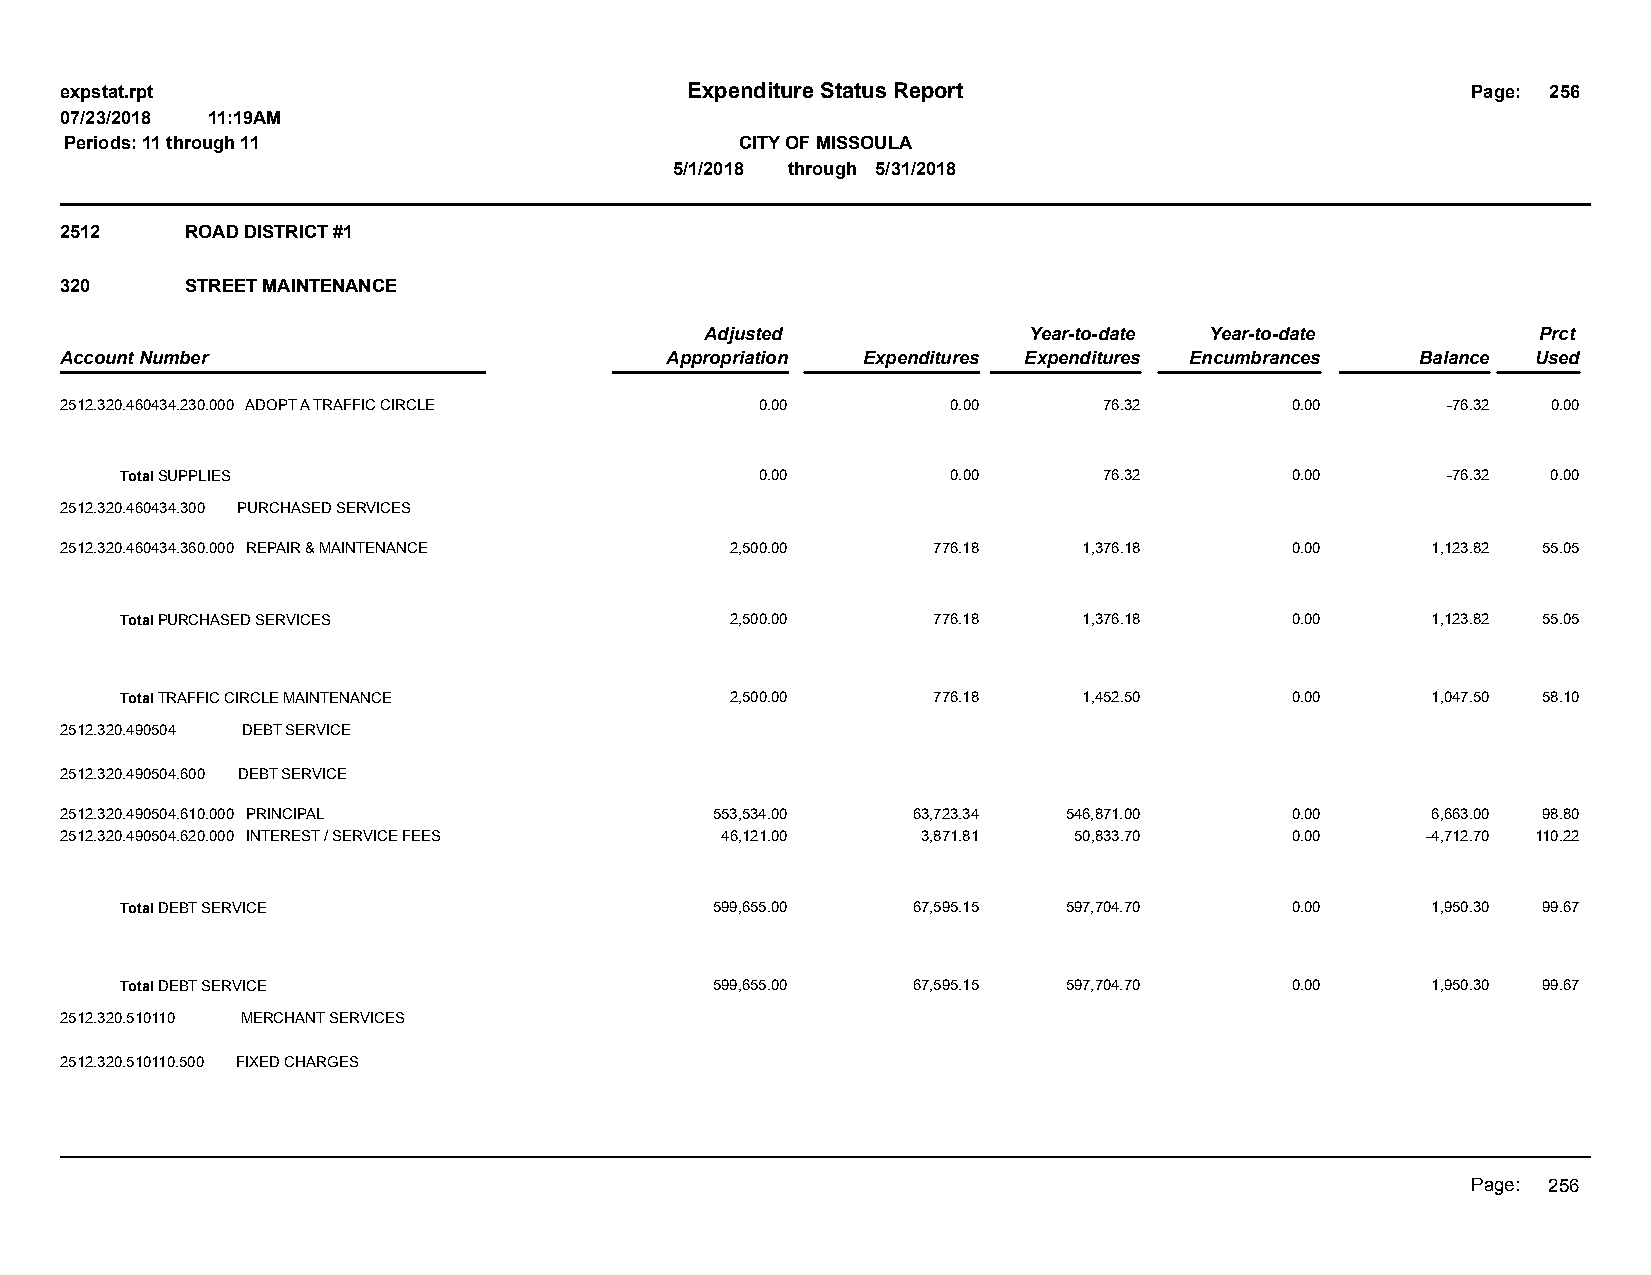
expstat.rpt                              Expenditure Status Report                           Page: 256
 07/23/2018 11:19AM
 Periods: 11 through 11                       CITY OF MISSOULA
 5/1/2018 through 5/31/2018
 2512    ROAD DISTRICT #1
 320     STREET MAINTENANCE
 Adjusted             Year-to-date Year-to-date         Prct
 Account Number                          Appropriation Expenditures Expenditures Encumbrances Balance Used
 2512.320.460434.230.000 ADOPT A TRAFFIC CIRCLE 0.00        0.00      76.32       0.00       -76.32 0.00
 Total SUPPLIES                            0.00         0.00      76.32       0.00       -76.32 0.00
 2512.320.460434.300 PURCHASED SERVICES
 2512.320.460434.360.000 REPAIR & MAINTENANCE 2,500.00     776.18    1,376.18     0.00      1,123.82 55.05
 Total PURCHASED SERVICES                2,500.00      776.18    1,376.18     0.00      1,123.82 55.05
 Total TRAFFIC CIRCLE MAINTENANCE        2,500.00      776.18    1,452.50     0.00      1,047.50 58.10
 2512.320.490504 DEBT SERVICE
 2512.320.490504.600 DEBT SERVICE
 2512.320.490504.610.000 PRINCIPAL          553,534.00   63,723.34  546,871.00    0.00      6,663.00 98.80
 2512.320.490504.620.000 INTEREST / SERVICE FEES 46,121.00 3,871.81 50,833.70     0.00     -4,712.70 110.22
 Total DEBT SERVICE                     599,655.00   67,595.15  597,704.70    0.00      1,950.30 99.67
 Total DEBT SERVICE                     599,655.00   67,595.15  597,704.70    0.00      1,950.30 99.67
 2512.320.510110 MERCHANT SERVICES
 2512.320.510110.500 FIXED CHARGES
 Page: 256